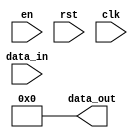
module atom_reg(en,rst,clk,data_in,data_out);
    input en, rst, clk;
    reg lock_bit;
    input [7:0] data_in;
    output [7:0] data_out;
    reg [7:0] data_out;
    initial begin
        lock_bit = 0;
    end
    always @(en) begin
        lock_bit = en;
    end
    always @(!rst) begin
        data_out <= 8'b0;
    end
    always @(posedge clk) begin
        if(!lock_bit) begin
            data_out <= data_in;
        end
    end
endmodule